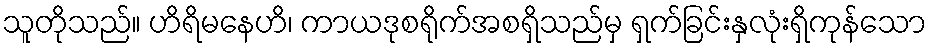
သူတိုသည်။ ဟိရိမနေဟိ၊ ကာယဒုစရိုက်အစရှိသည်မှ ရှက်ခြင်းနှလုံးရှိကုန်သော